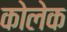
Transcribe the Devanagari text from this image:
कोलेक